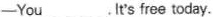
—You ___ ,lt's free today.